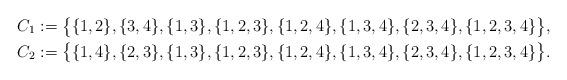
LaTeX: \begin{align*}C_1&:=\bigl\{\{1,2\},\{3,4\},\{1,3\},\{1,2,3\},\{1,2,4\},\{1,3,4\},\{2,3,4\},\{1,2,3,4\}\bigr\}, \\C_2&:=\bigl\{ \{1,4\},\{2,3\}, \{1,3\},\{1,2,3\},\{1,2,4\},\{1,3,4\},\{2,3,4\},\{1,2,3,4\}\bigr\}.\end{align*}